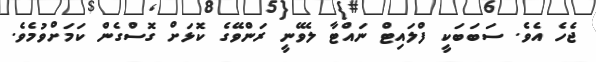
ޖެހެ އެވެ. ސަބަބަކީ ފްލައިޓް ނައްޓާ ލެވޭނީ ރަންވޭގެ ކޮޅަށް ގޮސްގެން ކަމަށްވުމެވެ.